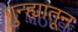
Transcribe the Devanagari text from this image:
गुन्ह्यातून